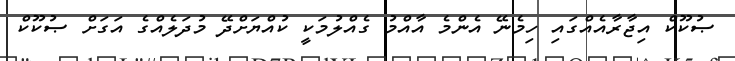
ޞުކޫކް އިޖާރާއެއްގައި ހިމެނޭ އެންމެ އާއްމު ގެއްލުމަކީ ކުއްޔަށްދޭ މުދަލެއްގެ އަގަށް ޞުކޫކް